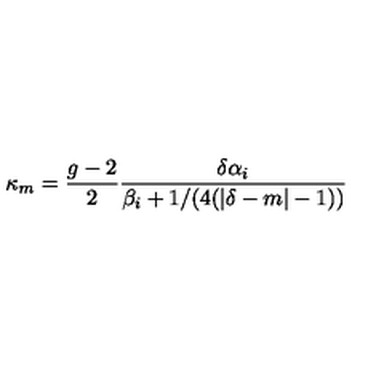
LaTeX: \kappa _ { m } = { \frac { g - 2 } { 2 } } { \frac { \delta \alpha _ { i } } { \beta _ { i } + 1 / ( 4 ( | \delta - m | - 1 ) ) } }